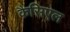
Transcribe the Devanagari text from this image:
कैसिएल